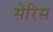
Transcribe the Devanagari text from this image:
सेरिस